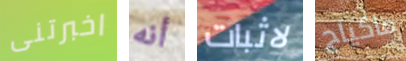
اخبرتنى أنه لاثبات ماكياج